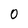
Character: 0